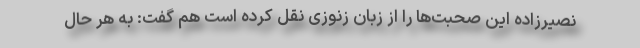
نصیرزاده این صحبت‌ها را از زبان زنوزی نقل کرده است هم گفت: به هر حال